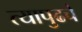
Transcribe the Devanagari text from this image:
त्यापुढचे